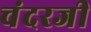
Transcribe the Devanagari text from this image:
चंदरजी